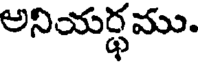
అనియర్ధము.